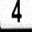
Digit: 4